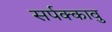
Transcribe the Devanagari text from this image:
सर्पक्कावु